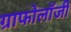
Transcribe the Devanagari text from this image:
ग्राफोलॉजी